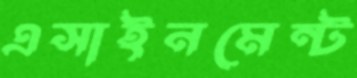
এসাইনমেন্ট